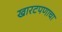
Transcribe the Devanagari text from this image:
खारटपणाचा